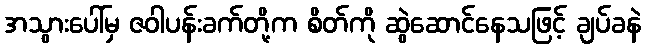
အသွားပေါ်မှ ဇဝါပန်းခက်တို့က စိတ်ကို ဆွဲဆောင်နေသဖြင့် ချပ်ခနဲ